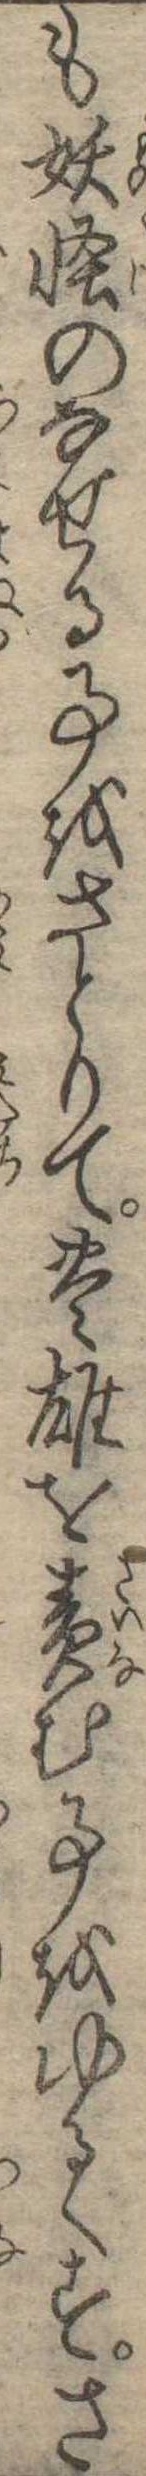
も妖怪のなせる事をさとりて豊雄を責む事をゆるくすさ